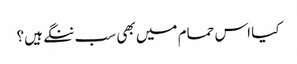
کیا اس حمام میں بھی سب ننگے ہیں؟